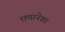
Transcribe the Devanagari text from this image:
छपानेका